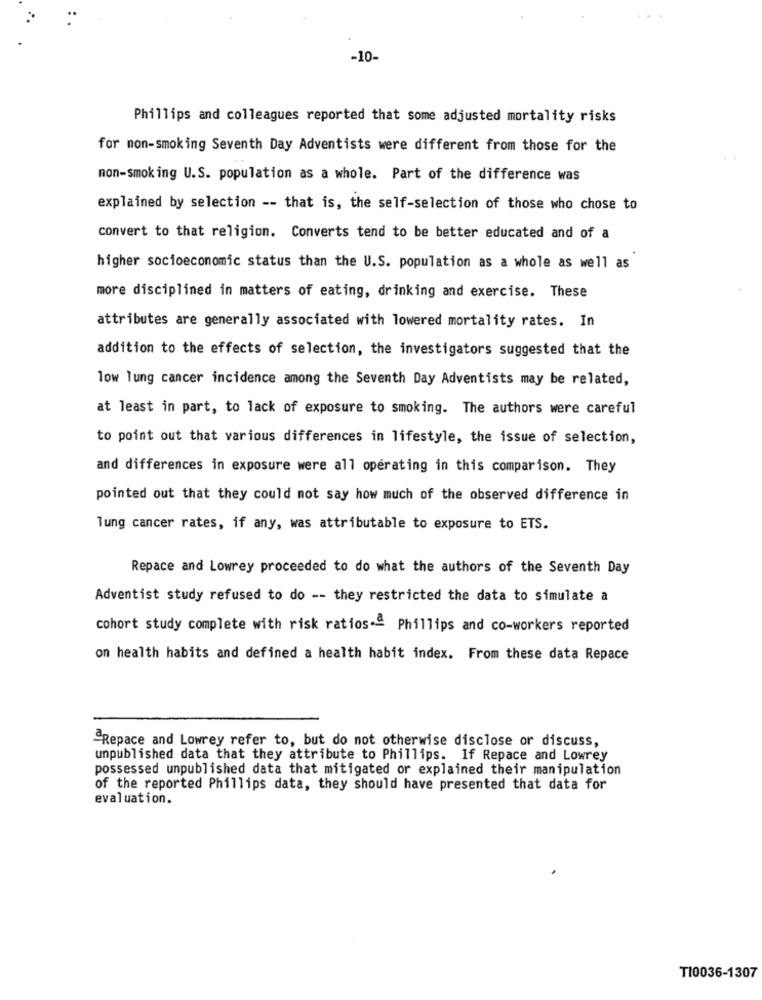
-10-
Phillips and colleagues reported that some adjusted mortality risks
for non-smoking Seventh Day Adventists were different from those for the
non-smoking U.S. population as a whole. Part of the difference was
explained by selection -- that is, the self-selection of those who chose to
convert to that religion. Converts tend to be better educated and of a
higher socioeconomic status than the U.S. population as a whole as well as
more disciplined in matters of eating, drinking and exercise. These
attributes are generally associated with lowered mortality rates. In
addition to the effects of selection, the investigators suggested that the
low lung cancer incidence among the Seventh Day Adventists may be related,
at least in part, to lack of exposure to smoking. The authors were careful
to point out that various differences in lifestyle, the issue of selection,
and differences in exposure were all operating in this comparison. They
pointed out that they could not say how much of the observed difference in
lung cancer rates, if any, was attributable to exposure to ETS.
Repace and Lowrey proceeded to do what the authors of the Seventh Day
Adventist study refused to do -- they restricted the data to simulate a
cohort study complete with risk ratios.ª Phillips and co-workers reported
on health habits and defined a health habit index. From these data Repace
"Repace and Lowrey refer to, but do not otherwise disclose or discuss,
unpublished data that they attribute to Phillips. If Repace and Lowrey
possessed unpublished data that mitigated or explained their manipulation
of the reported Phillips data, they should have presented that data for
evaluation.
TI0036-1307